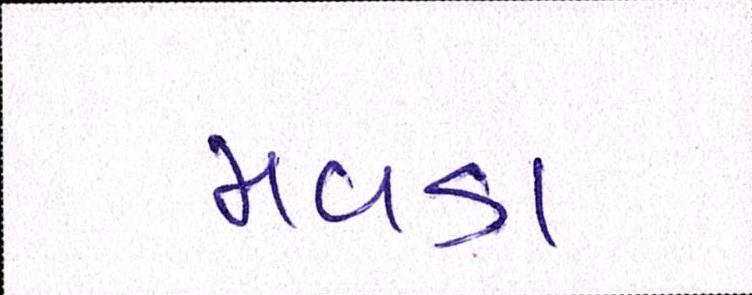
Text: મવડા